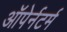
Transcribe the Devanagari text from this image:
ऑपेर्नटर्म